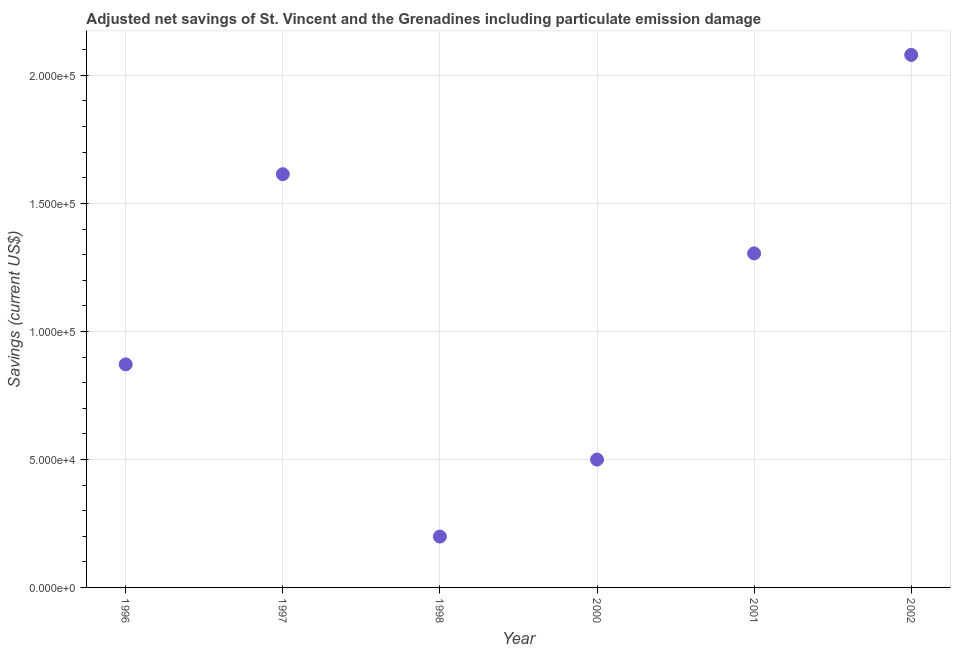
| Year | Adjusted savings: particulate emission damage (current US$) |
 | --- | --- |
 | 1996 | 8.71e+04 |
 | 1997 | 1.61e+05 |
 | 1998 | 1.99e+04 |
 | 2000 | 4.99e+04 |
 | 2001 | 1.3e+05 |
 | 2002 | 2.08e+05 |